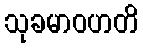
သုခမာဝဟတိ